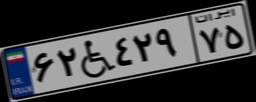
۶۲W۴۲۹۷۵